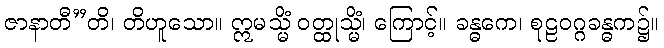
ဇာနာတီ”တိ၊ တိဟူသော။ ဣမသ္မိံ ဝတ္ထုသ္မိံ၊ ကြောင့်။ ခန္ဓကေ၊ စုဠဝဂ္ဂခန္ဓက၌။